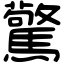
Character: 驚